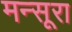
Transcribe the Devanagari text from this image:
मन्सूरा